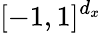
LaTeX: [-1,1]^{d_{x}}